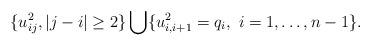
LaTeX: \begin{gather*}\{u_{ij}^2, |j-i| \ge 2 \} \bigcup \{u_{i,i+1}^2=q_i,~i=1,\ldots,n-1 \}.\end{gather*}